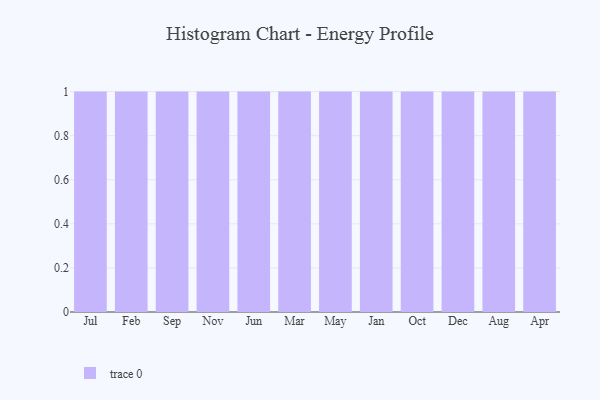
{"axis": {"x": "Month", "y": "Production Output"}, "legend": [""], "data": [{"x": "Jul", "y": 93, "type": ""}, {"x": "Feb", "y": 10, "type": ""}, {"x": "Sep", "y": 18, "type": ""}, {"x": "Nov", "y": 56, "type": ""}, {"x": "Jun", "y": 72, "type": ""}, {"x": "Mar", "y": 19, "type": ""}, {"x": "May", "y": 16, "type": ""}, {"x": "Jan", "y": 70, "type": ""}, {"x": "Oct", "y": 53, "type": ""}, {"x": "Dec", "y": 25, "type": ""}, {"x": "Aug", "y": 60, "type": ""}, {"x": "Apr", "y": 6, "type": ""}]}